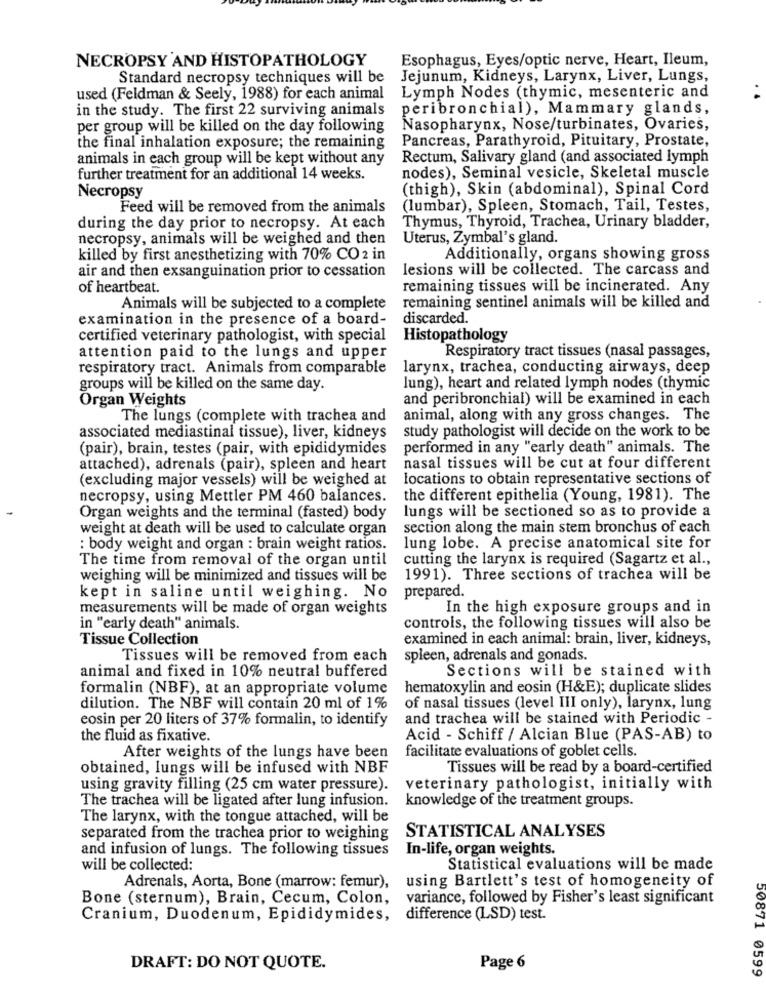
NECROPSY AND HISTOPATHOLOGY
Esophagus, Eyes/optic nerve, Heart, Ileum,
Standard necropsy techniques will be
Jejunum, Kidneys, Larynx, Liver, Lungs,
used (Feldman & Seely, 1988) for each animal
Lymph Nodes (thymic, mesenteric and
in the study. The first 22 surviving animals
peribronchial), Mammary glands,
per group will be killed on the day following
Nasopharynx, Nose/turbinates, Ovaries,
Pancreas, Parathyroid, Pituitary, Prostate,
the final inhalation exposure; the remaining
animals in each group will be kept without any
Rectum, Salivary gland (and associated lymph
further treatment for an additional 14 weeks.
nodes), Seminal vesicle, Skeletal muscle
(thigh), Skin (abdominal), Spinal Cord
Necropsy
Feed will be removed from the animals
(lumbar), Spleen, Stomach, Tail, Testes,
Thymus, Thyroid, Trachea, Urinary bladder,
during the day prior to necropsy. At each
necropsy, animals will be weighed and then
Uterus, Zymbal's gland.
killed by first anesthetizing with 70% CO 2 in
Additionally, organs showing gross
air and then exsanguination prior to cessation
lesions will be collected. The carcass and
of heartbeat.
remaining tissues will be incinerated. Any
Animals will be subjected to a complete
remaining sentinel animals will be killed and
examination in the presence of a board-
discarded.
certified veterinary pathologist, with special
Histopathology
attention paid to the lungs and upper
Respiratory tract tissues (nasal passages,
respiratory tract. Animals from comparable
larynx, trachea, conducting airways, deep
groups will be killed on the same day.
lung), heart and related lymph nodes (thymic
Organ Weights
and peribronchial) will be examined in each
The lungs (complete with trachea and
animal, along with any gross changes. The
study pathologist will decide on the work to be
associated mediastinal tissue), liver, kidneys
(pair), brain, testes (pair, with epididymides
performed in any "early death" animals. The
attached), adrenals (pair), spleen and heart
nasal tissues will be cut at four different
(excluding major vessels) will be weighed at
locations to obtain representative sections of
necropsy, using Mettler PM 460 balances.
the different epithelia (Young, 1981). The
Organ weights and the terminal (fasted) body
lungs will be sectioned so as to provide a
weight at death will be used to calculate organ
section along the main stem bronchus of each
: body weight and organ : brain weight ratios.
lung lobe. A precise anatomical site for
The time from removal of the organ until
cutting the larynx is required (Sagartz et al .,
weighing will be minimized and tissues will be
1991). Three sections of trachea will be
prepared.
kept in saline until weighing. No
measurements will be made of organ weights
In the high exposure groups and in
in "early death" animals.
controls, the following tissues will also be
Tissue Collection
examined in each animal: brain, liver, kidneys,
Tissues will be removed from each
spleen, adrenals and gonads.
animal and fixed in 10% neutral buffered
Sections will be stained with
formalin (NBF), at an appropriate volume
hematoxylin and eosin (H&E); duplicate slides
dilution. The NBF will contain 20 ml of 1%
of nasal tissues (level III only), larynx, lung
eosin per 20 liters of 37% formalin, to identify
and trachea will be stained with Periodic -
the fluid as fixative.
Acid - Schiff / Alcian Blue (PAS-AB) to
facilitate evaluations of goblet cells.
After weights of the lungs have been
obtained, lungs will be infused with NBF
Tissues will be read by a board-certified
using gravity filling (25 cm water pressure).
veterinary pathologist, initially with
The trachea will be ligated after lung infusion.
knowledge of the treatment groups.
The larynx, with the tongue attached, will be
STATISTICAL ANALYSES
separated from the trachea prior to weighing
and infusion of lungs. The following tissues
In-life, organ weights.
will be collected:
Statistical evaluations will be made
Adrenals, Aorta, Bone (marrow: femur),
using Bartlett's test of homogeneity of
Bone (sternum), Brain, Cecum, Colon,
variance, followed by Fisher's least significant
Cranium, Duodenum, Epididymides,
difference (LSD) test.
DRAFT: DO NOT QUOTE.
Page 6
50871 0599